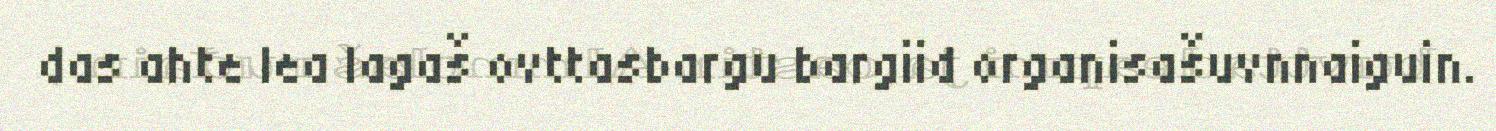
das ahte lea lagaš ovttasbargu bargiid organisašuvnnaiguin.